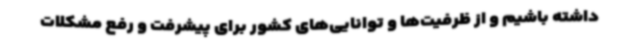
داشته باشیم و از ظرفیت‌ها و توانایی‌های کشور برای پیشرفت و رفع مشکلات